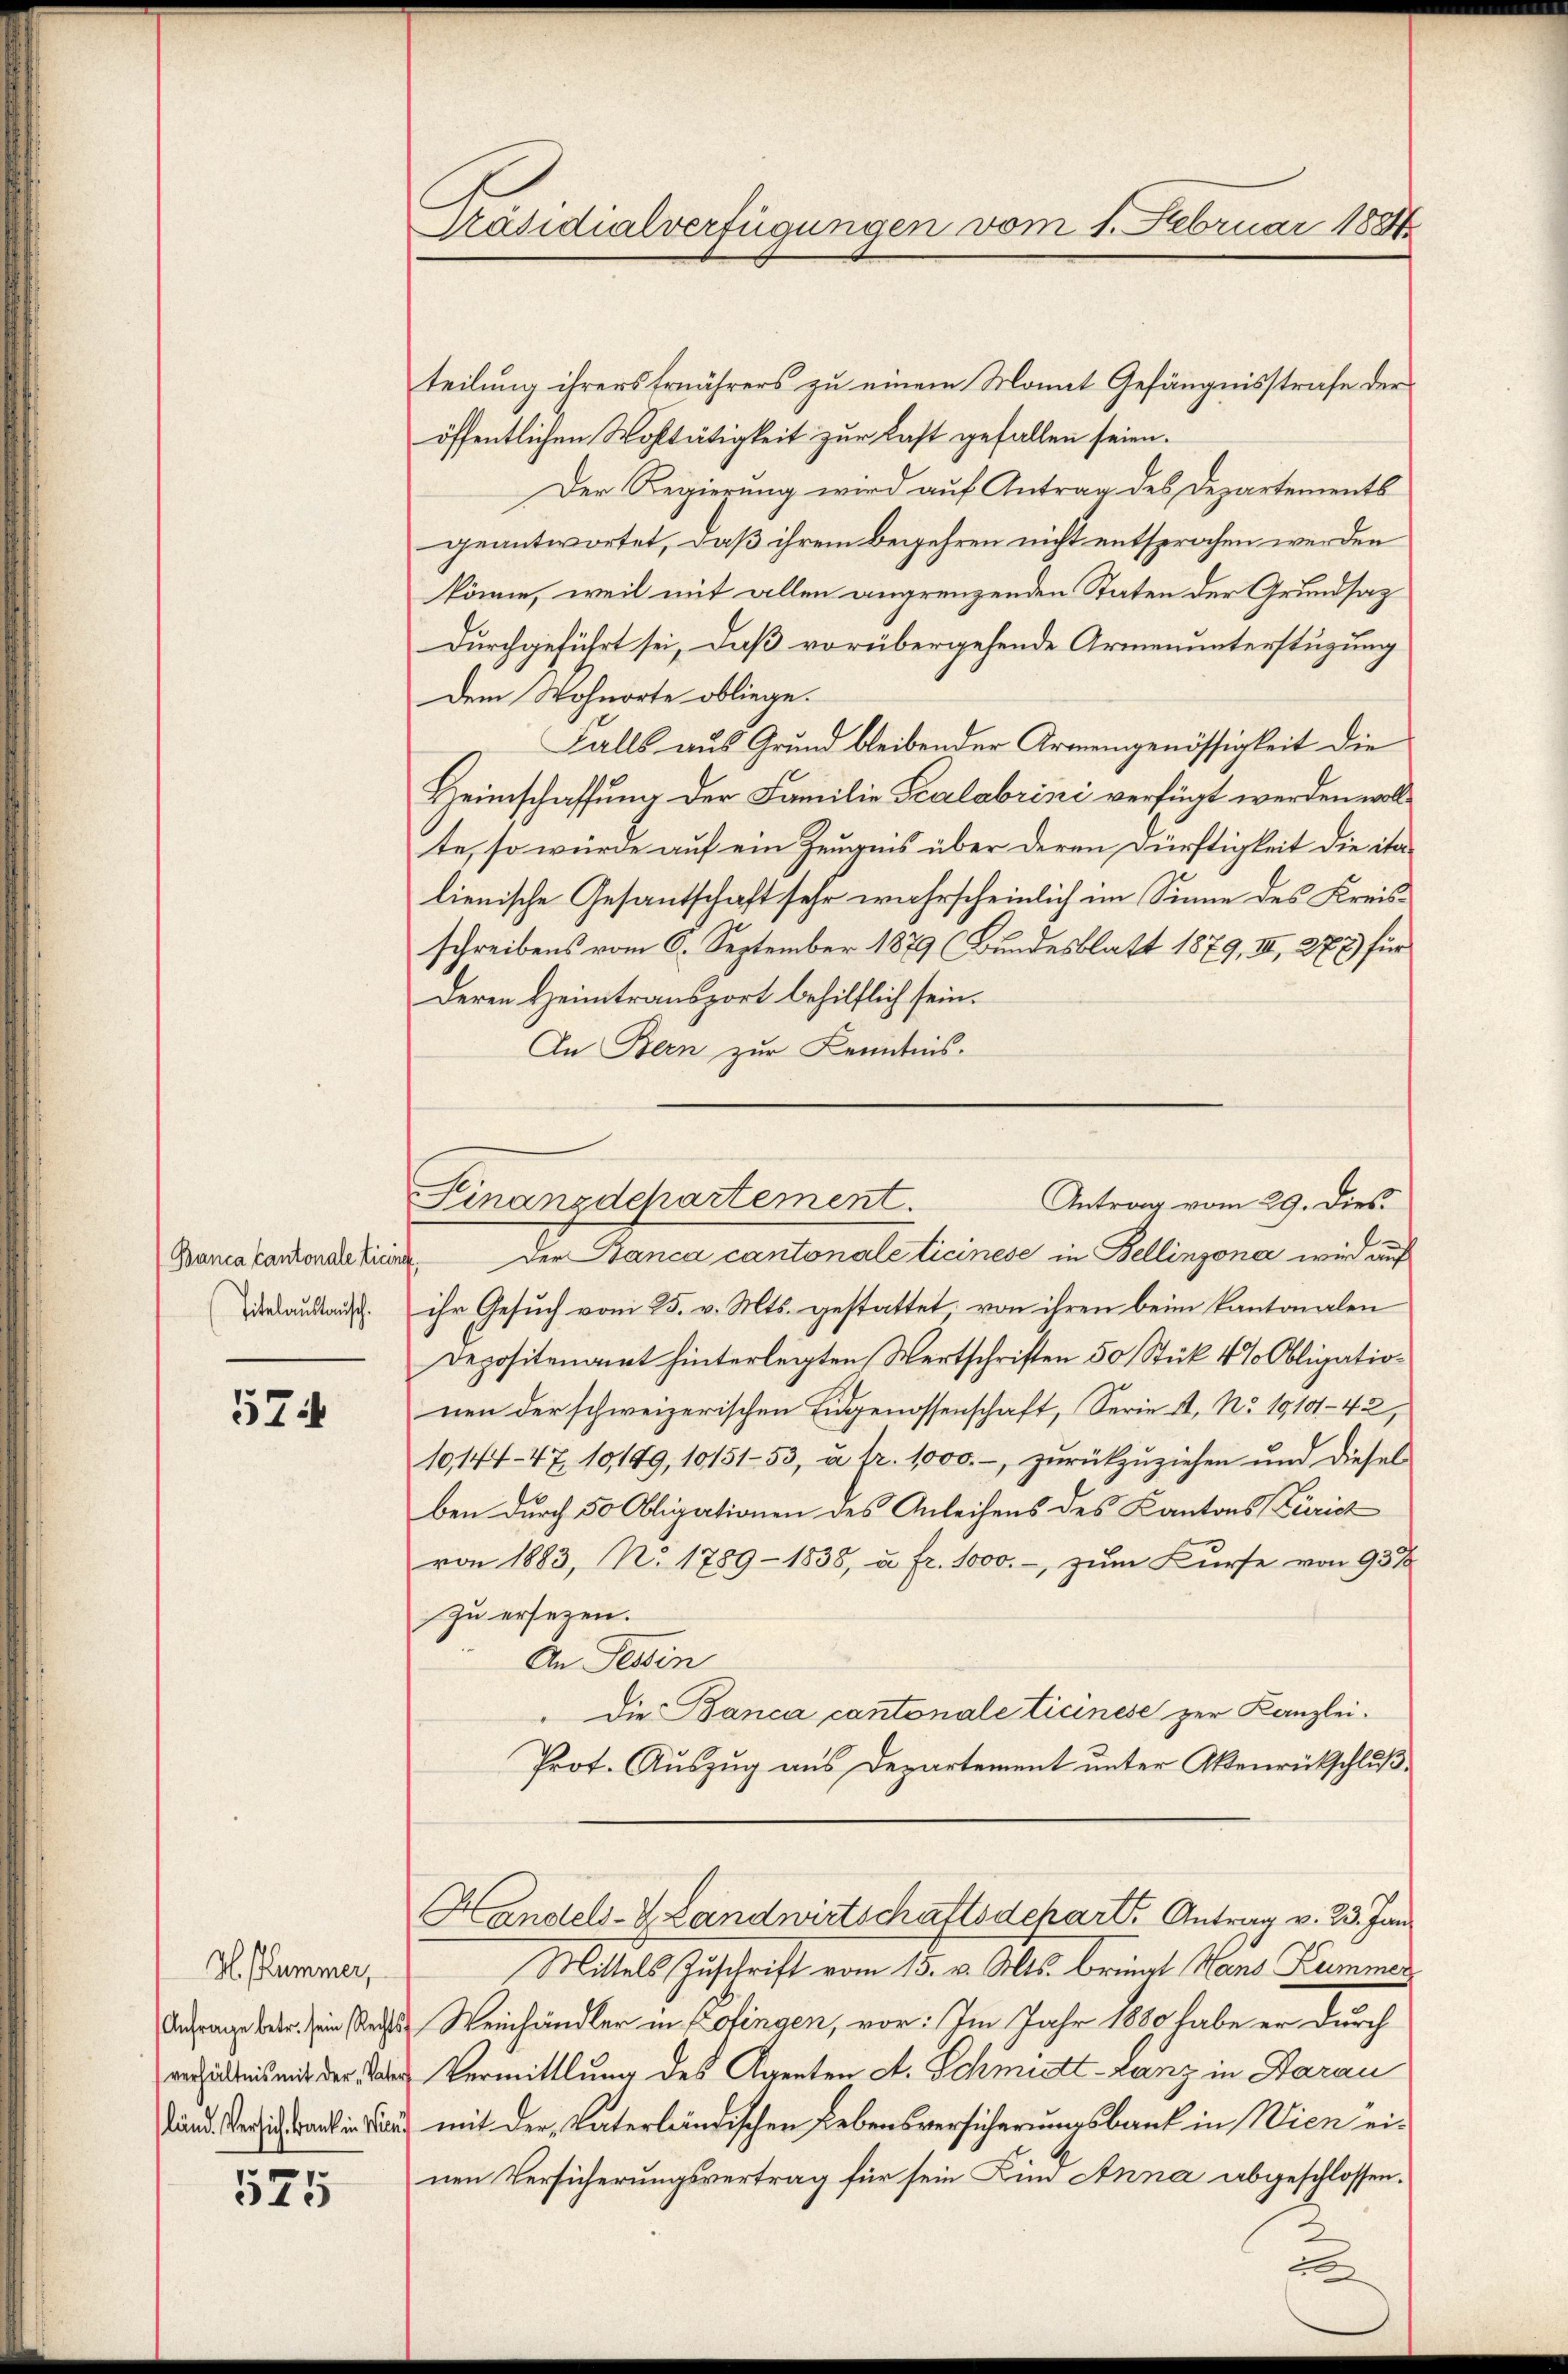
Banca Cantonale Licinat
Titelauslausch.

574

H. Kummer,
(Anfrage betr. sein Recht
verhältnis mit der Vate
länd. Versich Bank in Wien

525

Präsidialverfügungen vom 1. Februar 1884

teilung ihrers Ernährers zu einem Monat Gefängnisstrafe der
öffentlichen Wohltätigkeit zur Last gefallen seien.
Der Regierung wird auf Antrag des Departements
geantwortet, daß ihrem Begehren nicht entsprochen werden
könne, weil mit allen angrenzenden Taten der Grundsaz
Durchgeführt sei, daß vorübergehende Armenunterstüzung
Dem Wohnorte obliege.
Falls aus Grund bleibender Armengenössigkeit die
Heimschaffung der Familie Scalabrini verfügt werden wollte, so würde auf ein Zeugnis über deren Dürftigkeit die italienische Gesantschaft sehr wahrscheinlich im Sinne des Kreisschreibens vom 6. September 1879 (Bundesblatt 1879, III, 277) für
Deren Heimtransport behilflich sein.
An Bern zur Kenntnis.
Der Banca cantonale ticinese in Bellinzona wird auf
ihr Gesuch vom 25. v. Mts. gestattet, von ihren beim Kantonalen
Depositenamt hinterlegten Wertschriften 50 Stük 4% Obligationen der schweizerischen Eidgenossenschaft, Serie II, No 19101-42,
10,144-47. 10149, 10151-53, u. fr. 1000.-, zurückzuziehen und diesel
ben durch 50 Obligationen des Anleihens des Kantons Zürich
von 1883, No. 1789 - 1838, u. fr. 1000.-, zum Kurse von 93 %
zu ersezen.
An Tessin
Die Banca cantonale Ticinese zur Kanzlei.
Prot. Auszug aus Departement unter Aktenrückschluß¬
Handels- & Landwirtschaftsdcharts Antrag v. 23. Juni
Mittels Zuschrift vom 15. v. Mts. bringt Hans Kummer
Weinhändler in Zofingen, vor: Im Jahr 1889 habe er durch
Vermittlung des Agenten A. Schmitt-Lanz in Aarau
 mit der Vaterländischen Lebensversicherungsbank in Wien einen Versicherungsvertrag für sein Kin Anna abgeschlossen.
2

Finanzdchartement.
Antrag vom 29. Dies